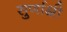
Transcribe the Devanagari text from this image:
सुर्णाक्षी